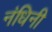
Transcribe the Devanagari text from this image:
नंधिनी